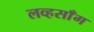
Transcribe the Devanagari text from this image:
लव्हसाँग